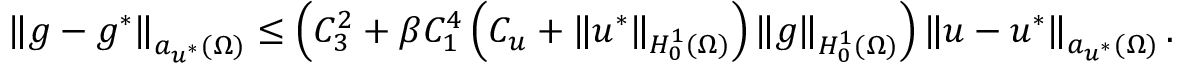
\left\Vert g - g ^ { * } \right\Vert _ { a _ { u ^ { * } } ( \Omega ) } \leq \left( C _ { 3 } ^ { 2 } + \beta C _ { 1 } ^ { 4 } \left( C _ { u } + \left\Vert u ^ { * } \right\Vert _ { H _ { 0 } ^ { 1 } ( \Omega ) } \right) \left\Vert g \right\Vert _ { H _ { 0 } ^ { 1 } ( \Omega ) } \right) \left\Vert u - u ^ { * } \right\Vert _ { a _ { u ^ { * } } ( \Omega ) } .